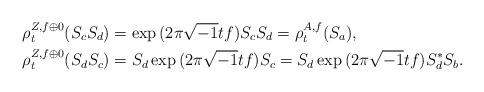
LaTeX: \begin{align*}\rho^{Z,f\oplus 0}_t(S_c S_d) & =\exp{(2\pi\sqrt{-1}t f)} S_c S_d =\rho^{A,f}_t(S_{a}), \\ \rho^{Z,f\oplus 0}_t(S_d S_c) & = S_d \exp{(2\pi\sqrt{-1}t f)} S_c = S_d \exp{(2\pi\sqrt{-1}t f)} S_d^* S_{b}.\end{align*}